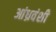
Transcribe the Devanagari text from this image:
आंध्रवंशी